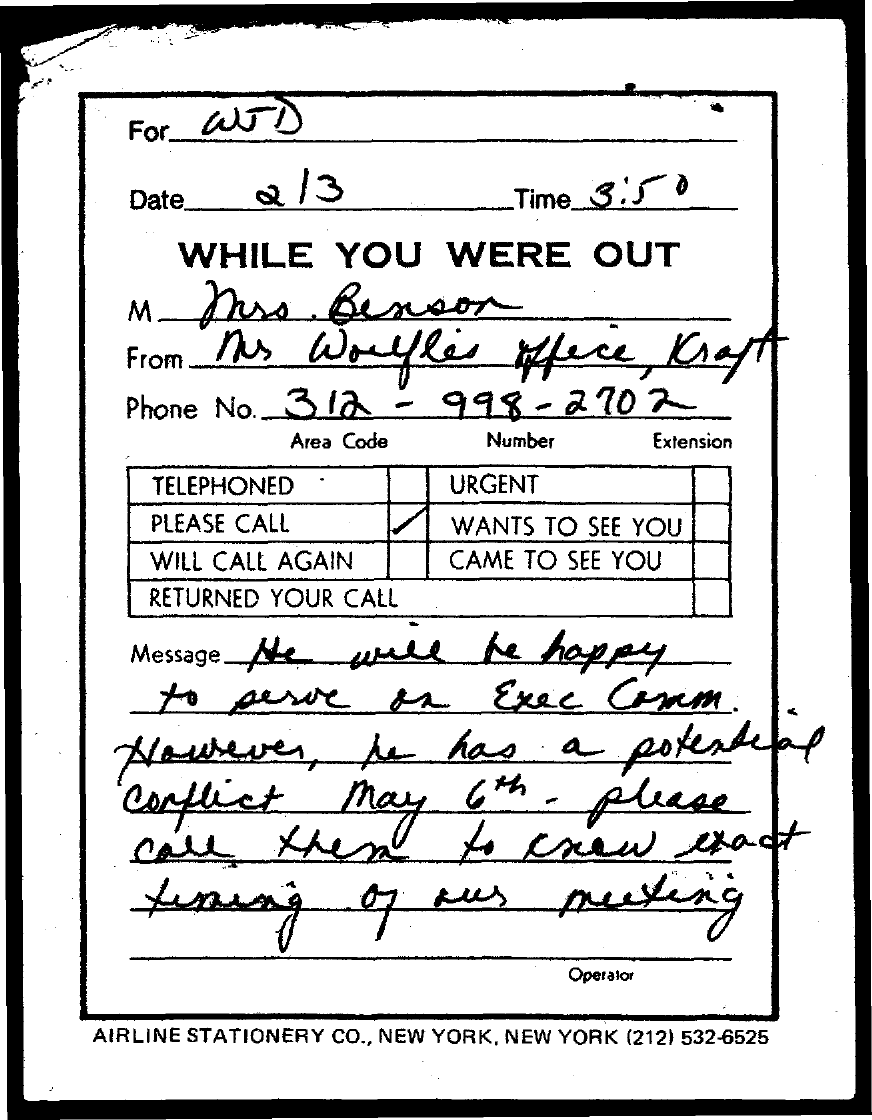
For WTD
     Date_    2 / 3    Time 3:5   8
     WHILE    YOU    WERE    OUT
     M    Muss    Benson
     From   My    Worlfles    Alece    Kioff
     Phone No.   312    -  998    - 2702
     Area Code    Number    Extension
     TELEPHONED    URGENT
     PLEASE CALL    WANTS  TO SEE YOU
     WILL CALL AGAIN    CAME TO SEE YOU
     RETURNED YOUR CALL
     Message __ He   wie    be   happy
     to    serve    on    Exec    Conm    .
     However,    he    has    a    potential
     conflict    may    6th   -   please
     call    them    to   crew    exact
     Lining    of   our    meeting
     Operator
     AIRLINE STATIONERY CO ., NEW YORK, NEW YORK (212) 532-6525